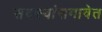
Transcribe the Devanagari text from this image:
सदस्यांसमावेत